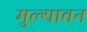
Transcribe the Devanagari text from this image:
मुल्यावन